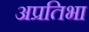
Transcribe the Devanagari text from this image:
अप्रतिभा